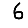
Digit: 6